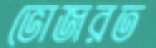
ভোজরত